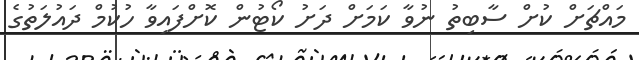
މައްޗަށް ކުށް ސާބިތު ނުވާ ކަމަށް ދަށު ކޯޓުން ކޮށްފައިވާ ހުކުމް ދައުލަތުގެ